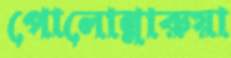
পোলোন্নারুয়া